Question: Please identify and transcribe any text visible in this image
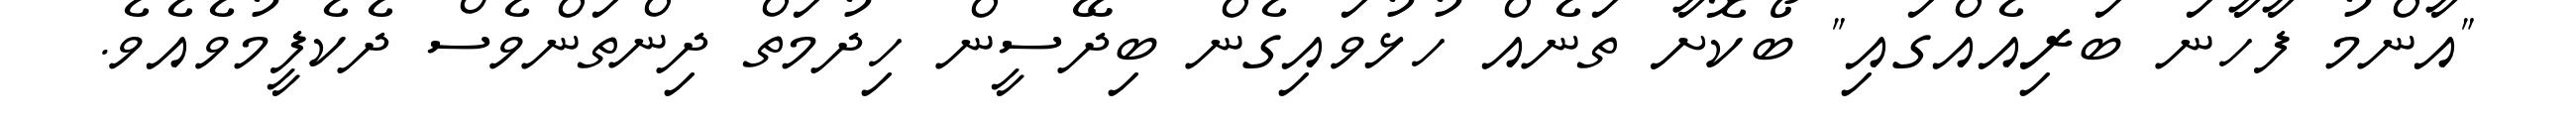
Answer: "އާންމު ފާހާނަ ބަރިއެއްގައި" ބޯކޮށާ ތަނެއް ހުޅުވައިގެން ބިދޭސީން ހިދުމަތް ދިންތަންވެސް ދެކެފީމުވެއެވެ.